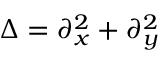
\Delta = \partial _ { x } ^ { 2 } + \partial _ { y } ^ { 2 }